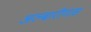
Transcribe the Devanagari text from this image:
अल्बारीगास